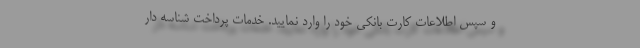
و سپس اطلاعات کارت بانکی خود را وارد نمایید. خدمات پرداخت شناسه دار